Vaccination in Bombay 1869-1873 - 1869-1873
Year: 1869
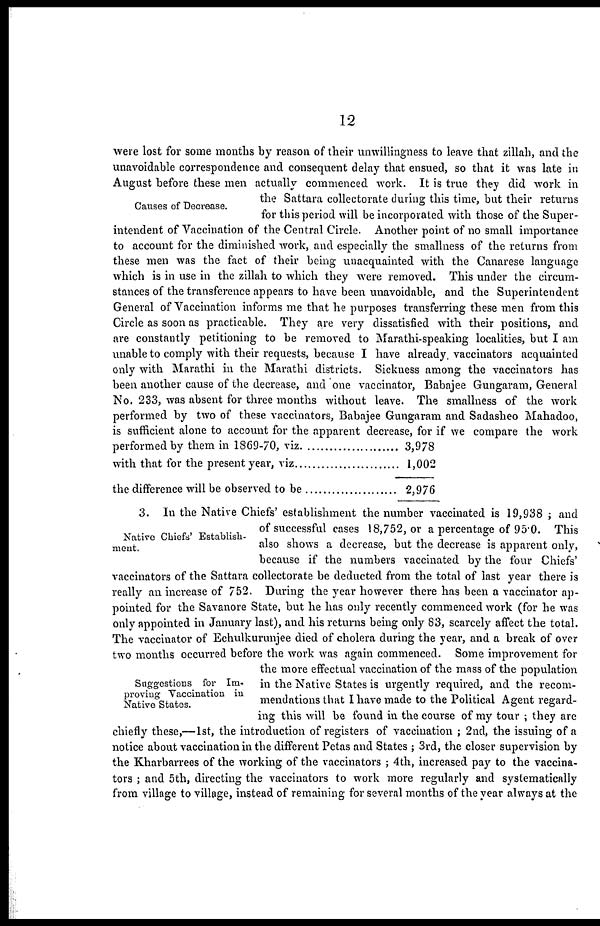
12
Causes of Decrease.
were lost for some months by reason of their unwillingness to leave that zillah, and the
unavoidable correspondence and consequent delay that ensued, so that it was late in
August before these men actually commenced work. It is true they did work in
the Sattara collectorate during this time, but their returns
for this period will be incorporated with those of the Super-
intendent of Vaccination of the Central Circle. Another point of no small importance
to account for the diminished work, and especially the smallness of the returns from
these men was the fact of their being unacquainted with the Canarese language
which is in use in the zillah to which they were removed. This under the circum-
stances of the transference appears to have been unavoidable, and the Superintendent
General of Vaccination informs me that he purposes transferring these men from this
Circle as soon as practicable. They are very dissatisfied with their positions, and
are constantly petitioning to be removed to Marathi-speaking localities, but I am
unable to comply with their requests, because I have already vaccinators acquainted
only with Marathi in the Marathi districts. Sickness among the vaccinators has
been another cause of the decrease, and one vaccinator, Babajee Gungaram, General
No. 233, was absent for three months without leave. The smallness of the work
performed by two of these vaccinators, Babajee Gungaram and Sadasheo Mahadoo,
is sufficient alone to account for the apparent decrease, for if we compare the work
performed by them in 1869-70, viz
3,978
with that for the present year, viz
1,002
the difference will be observed to be
2,976
Native Chiefs' Establish-
ment.
Suggestions for Im-
proving Vaccination in
Native States.
3. In the Native Chiefs' establishment the number vaccinated is 19,938 ; and
of successful cases 18,752, or a percentage of 95.0. This
also shows a decrease, but the decrease is apparent only,
because if the numbers vaccinated by the four Chiefs'
vaccinators of the Sattara collectorate be deducted from the total of last year there is
really an increase of 752. During the year however there has been a vaccinator ap-
pointed for the Savanore State, but he has only recently commenced work (for he was
only appointed in January last), and his returns being only 83, scarcely affect the total.
The vaccinator of Echulkurunjee died of cholera during the year, and a break of over
two months occurred before the work was again commenced. Some improvement for
the more effectual vaccination of the mass of the population
in the Native States is urgently required, and the recom-
mendations that I have made to the Political Agent regard-
ing this will be found in the course of my tour ; they are
chiefly these,—1st, the introduction of registers of vaccination ; 2nd, the issuing of a
notice about vaccination in the different Petas and States ; 3rd, the closer supervision by
the Kharbarrees of the working of the vaccinators ; 4th, increased pay to the vaccina-
tors ; and 5th, directing the vaccinators to work more regularly and systematically
from village to village, instead of remaining for several months of the year always at the